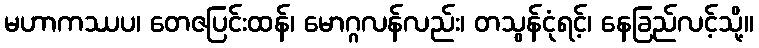
မဟာကဿပ၊ တေဇပြင်းထန်၊ မောဂ္ဂလန်လည်း၊ တသွန်ငုံရင့်၊ နေခြည်လင့်သို့။